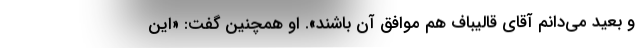
و بعید می‌دانم آقای قالیباف هم موافق آن باشند». او همچنین گفت: «این